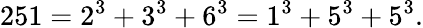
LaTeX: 251=2^{3}+3^{3}+6^{3}=1^{3}+5^{3}+5^{3}.